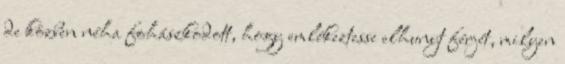
de közben néha fohászkodott, hogy emlékeztesse elhunyt férjét, milyen